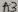
Text: A3